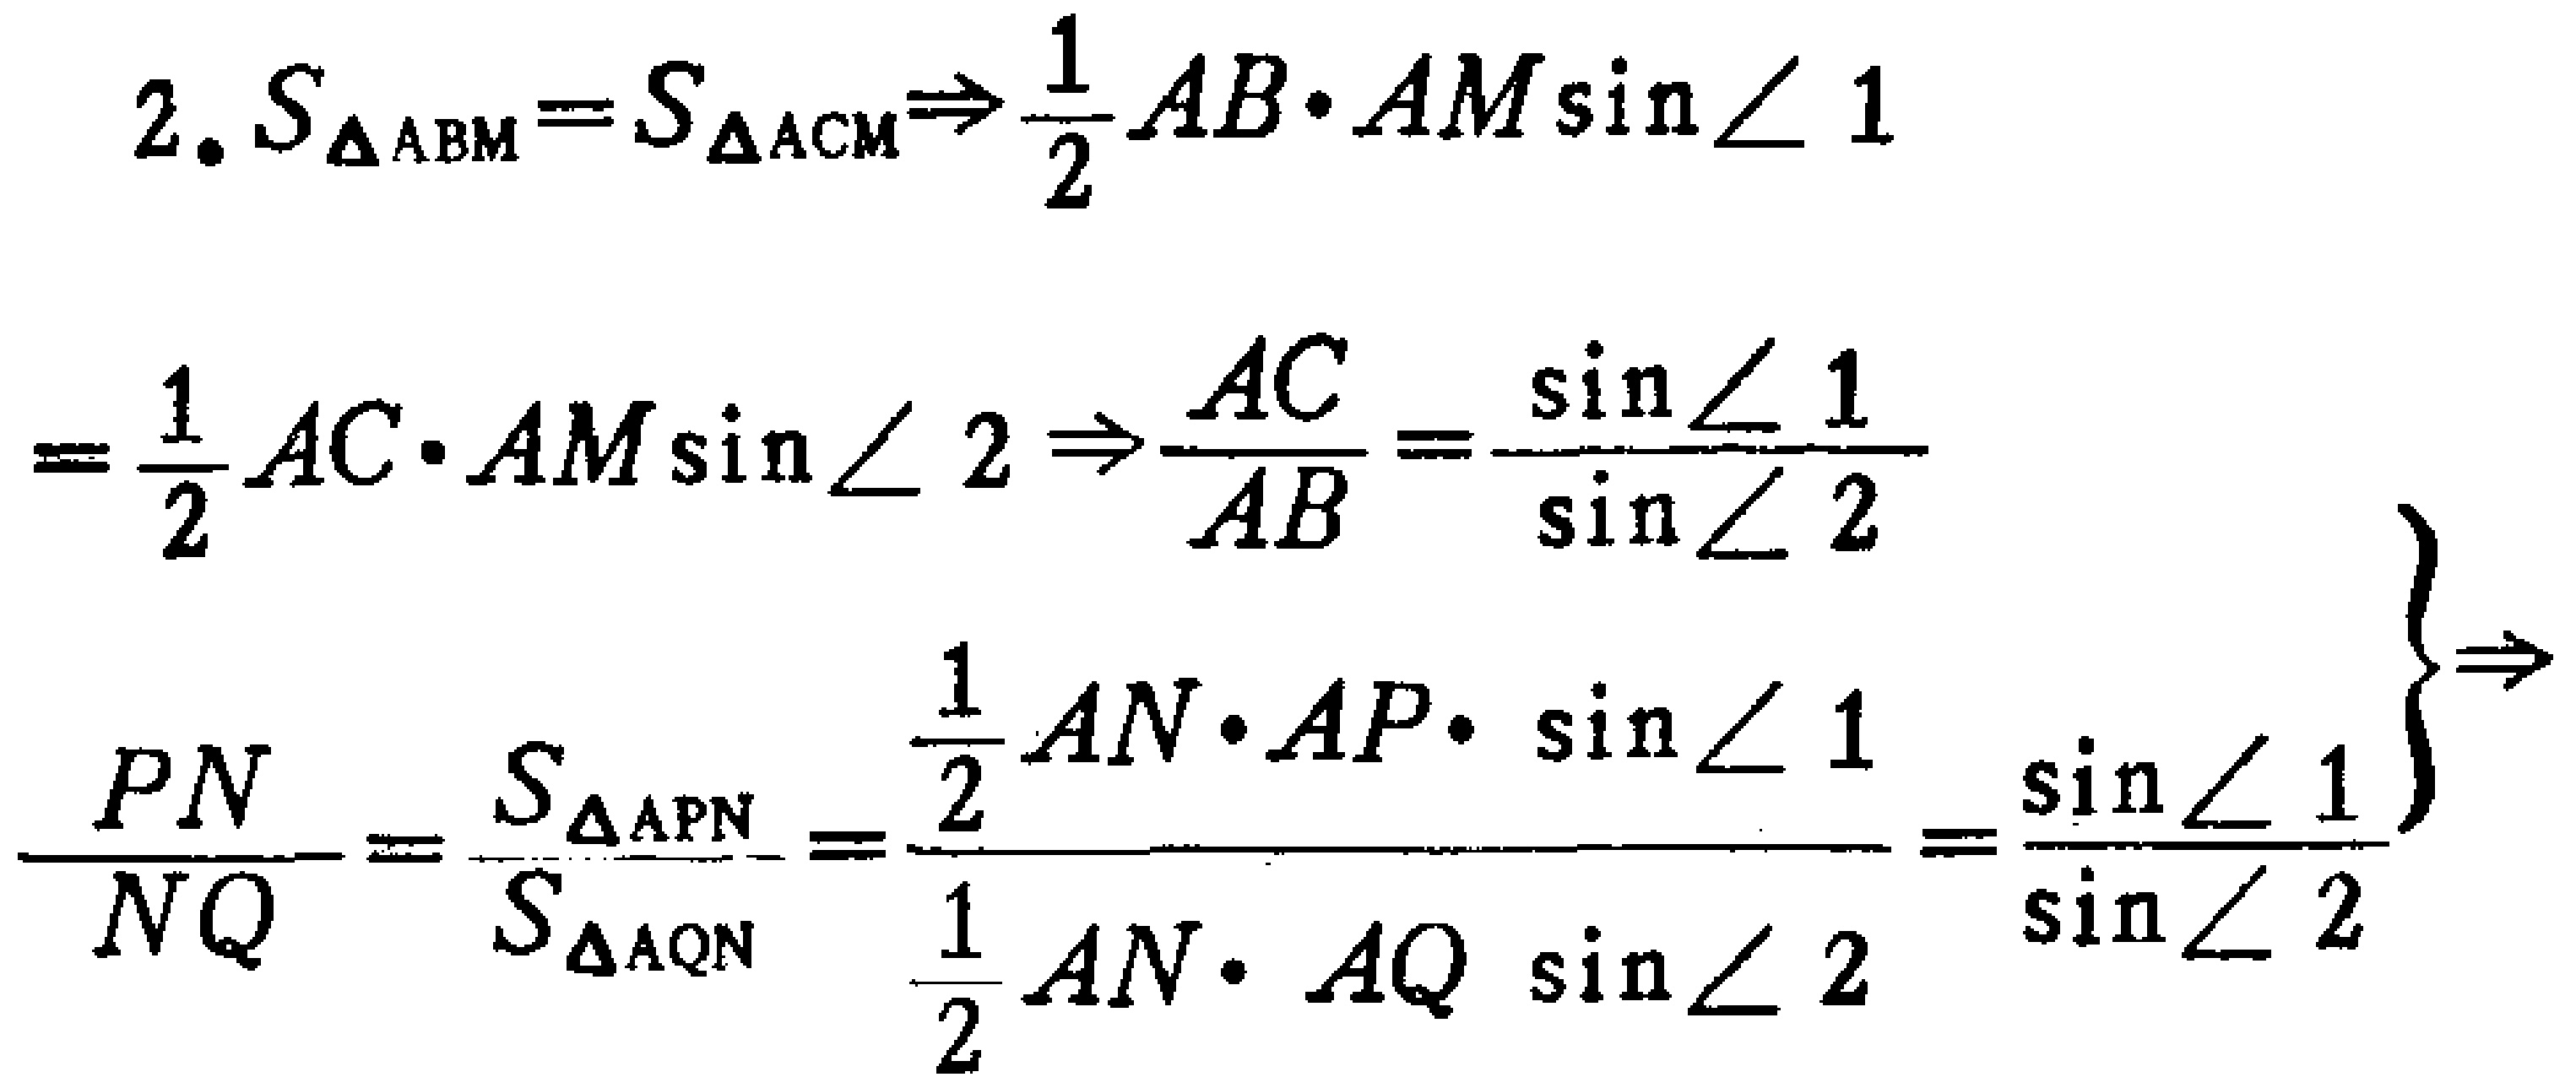
\[
\begin{align*}
2. S_{\triangle ABM}=S_{\triangle ACM}&\Rightarrow\frac{1}{2}AB\cdot AM\sin\angle 1\\
&=\frac{1}{2}AC\cdot AM\sin\angle 2\Rightarrow\frac{AC}{AB}=\frac{\sin\angle 1}{\sin\angle 2}\\
\frac{PN}{NQ}=\frac{S_{\triangle APN}}{S_{\triangle AQN}}&=\frac{\frac{1}{2}AN\cdot AP\cdot \sin\angle 1}{\frac{1}{2}AN\cdot AQ \sin\angle 2}=\frac{\sin\angle 1}{\sin\angle 2}
\end{align*}
\]